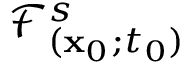
\mathcal { F } _ { ( \mathbf { x } _ { 0 } ; t _ { 0 } ) } ^ { s }